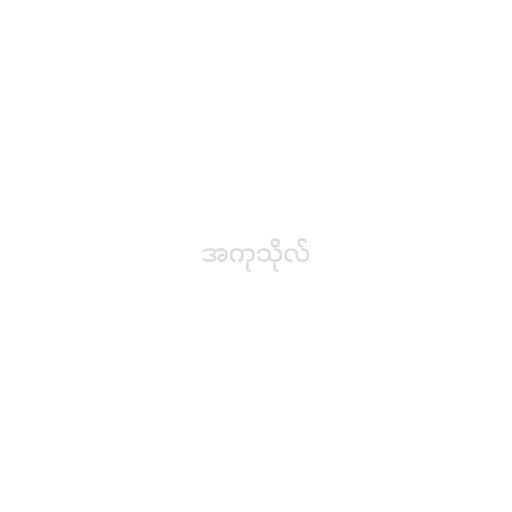
အကုသိုလ်